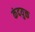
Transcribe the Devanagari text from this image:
कंदयुक्त